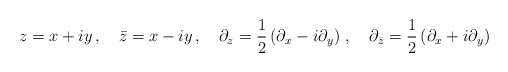
\begin{align*}z = x + i y \, , \quad \bar z = x - i y \, , \quad \partial_z = \frac{1}{2} \left( \partial_x - i \partial_y \right) \, , \quad\partial_{\bar z} = \frac{1}{2} \left( \partial_x + i \partial_y \right) \,\end{align*}